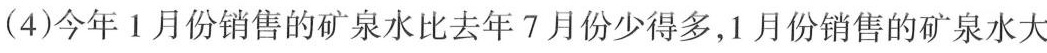
(4)今年1月份销售的矿泉水比去年7月份少得多，1月份销售的矿泉水大